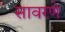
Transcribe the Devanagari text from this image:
सावरणे